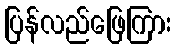
ပြန်လည်ဖြေကြား